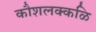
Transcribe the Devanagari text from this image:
कौशलक्कळि